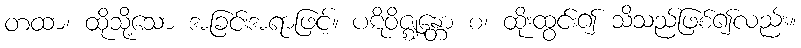
တထာ၊ ထိုသို့သော အခြင်းအရာဖြင့်။ ပဋိဝိဇ္ဈန္တော စ၊ ထိုးထွင်း၍ သိသည်ဖြစ်၍လည်း။